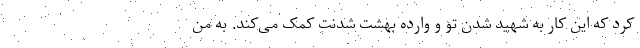
کرد که این کار به شهید شدن تو و وارده بهشت شدنت کمک می‌کند. به من